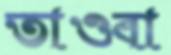
তাওবা